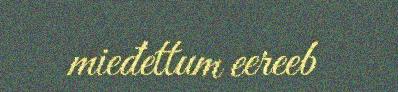
mieđettum eereeb